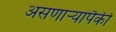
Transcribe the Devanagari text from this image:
असणाऱ्यांपैकी